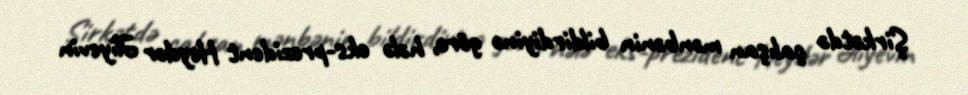
Şirkətdə çalışan mənbənin bildirdiyinə görə, hələ eks-prezident Heydər Əliyevin